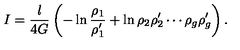
I = { \frac { l } { 4 G } } \left( - \ln { \frac { \rho _ { 1 } } { \rho _ { 1 } ^ { \prime } } } + \ln { \rho _ { 2 } \rho _ { 2 } ^ { \prime } \cdots \rho _ { g } \rho _ { g } ^ { \prime } } \right) .